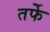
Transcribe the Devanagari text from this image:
तर्फेे